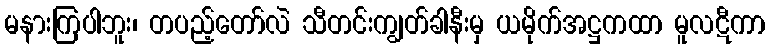
မနားကြပါဘူး၊ တပည့်တော်လဲ သီတင်းကျွတ်ခါနီးမှ ယမိုက်အဋ္ဌကထာ မူလဋီကာ